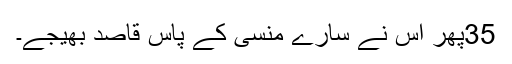
35پِھر اُس نے سارے منسّی کے پاس قاصِد بھیجے۔